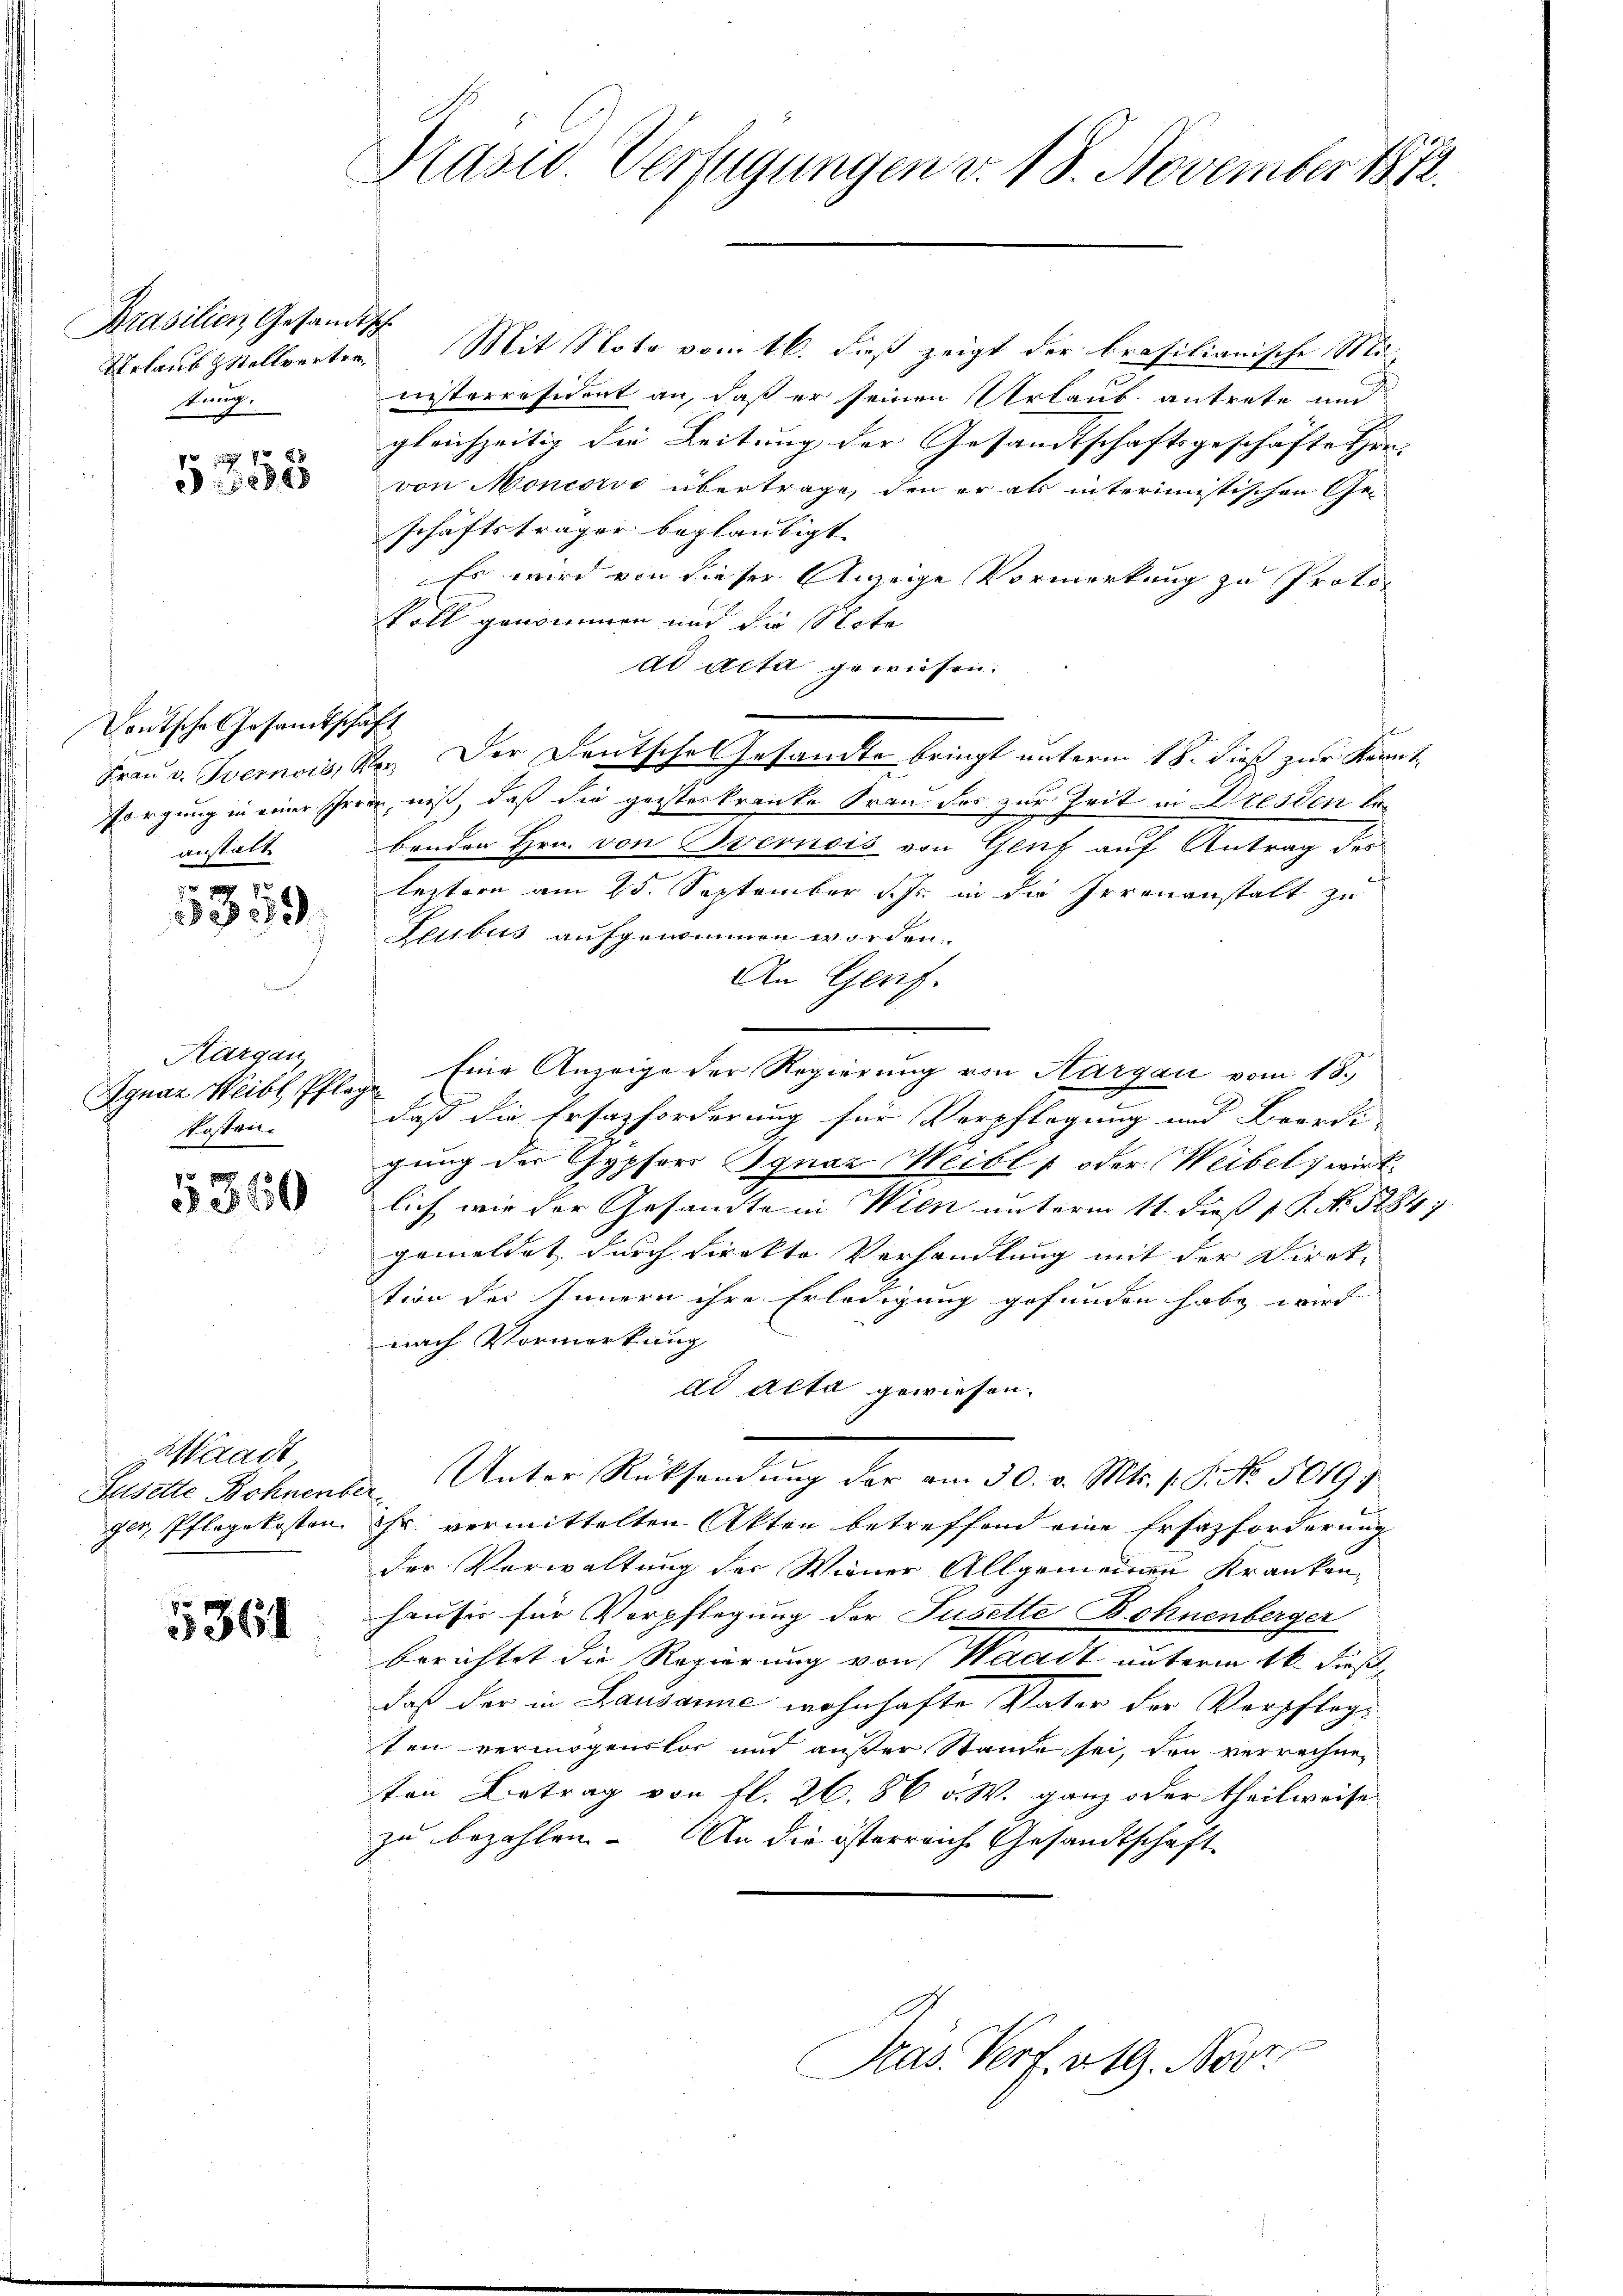
Prasilien, Gesandt¬
Verlaub & Stellvertre¬
Kun

xx
36988

Deutsche Gesamtschaft
anstalt.

8
3379.

Kargau
Ignaz Weibl Pfleg
kosten.

3360

aadt
Jusette Bohnenbe
ger Pflegekosten.

5361

Hasw. Verfügungen v. 18. November 1872.

h
Mit Note vom 16. dieß zeigt der brasilianische Mi
nisterresident an, daß er seinen Urlaub antrete und
gleichzeitig die Leitung der Gesandtschaftsgeschäfte Hrn.
von Moncorso übertrage, den er als interimistischen Ge-
schäftsträger beglaubigt.
Es wird von dieser Anzeige Vormerkung zu Proto-
voll genommen und die Note
dd acta gewiesen.
Frau v. Ivemois, Ver. Der Deutsche Gesandte bringt unterm 18. dieß zur Kenntsorgung in einer Irren, niß, daß die geisterkrante Frau das zur Zeit in Dresden bebenden Hrn. von vernois von Genf auf Antrag des
leztern am 25. September d. Js. in die Irrenanstalt zu
Leubus aufgenommen worden.
An Genf.
Eine Anzeige der Regierung von Hargau vom 18.
o
daß die Ersatzforderung für Verpflegung und Beerdi
gung der Gypfers Ignaz Heibl  oder Weibel, wirk
lich wie der Gesandte in Wien unterm 11. dieß 1 S. No. 5284
gemeldet durch direkte Verhandlung mit der Direk
tion des Innern ihre Erledigung gefunden habe wird
nach Vormerkung
dd Acta gewiesen.
Unter Rücksendung der am 30. v. Mts. s. S. No. 5019;
.
Fr. vermittelten Akten betreffend eine Ersatzforderung
der Verwaltung der Wiener Allgemeinen Kranken,
hauses für Verpflegung der Jusette Bohnenberger
berichtet die Regierung von Waadt unterm 16. dieß
daß der in Lausanne wohnhafte Vater der Verpflegten vermögenslos und außer Stande sei, den verrechneten Betrag von fl. 26. 86 v. W. ganz oder theilweise
zu bezahlen. An die österreiche Gesandtschaft
Präs. Verf. 419. Nove